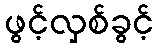
ဖွင့်လှစ်ခွင့်